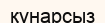
құнарсыз